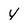
Character: y